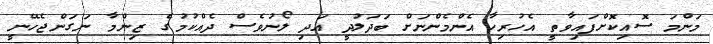
މަންމަ ސޮއިކޮށްފައިވާތީ އެހުރިހާ އެންމެންނަށް ބަދަލުދީ އަދި ލޯނުވެސް ދެއްކުމުގެ ޒިންމާ ނަގަންޖެހޭނީ